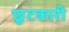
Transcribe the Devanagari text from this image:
छुटकारी